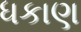
ધકાણ